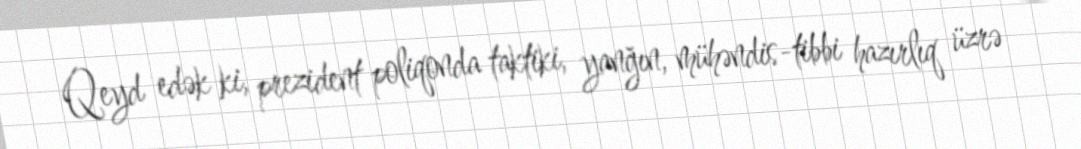
Qeyd edək ki, prezident poliqonda taktiki, yanğın, mühəndis-tibbi hazırlıq üzrə